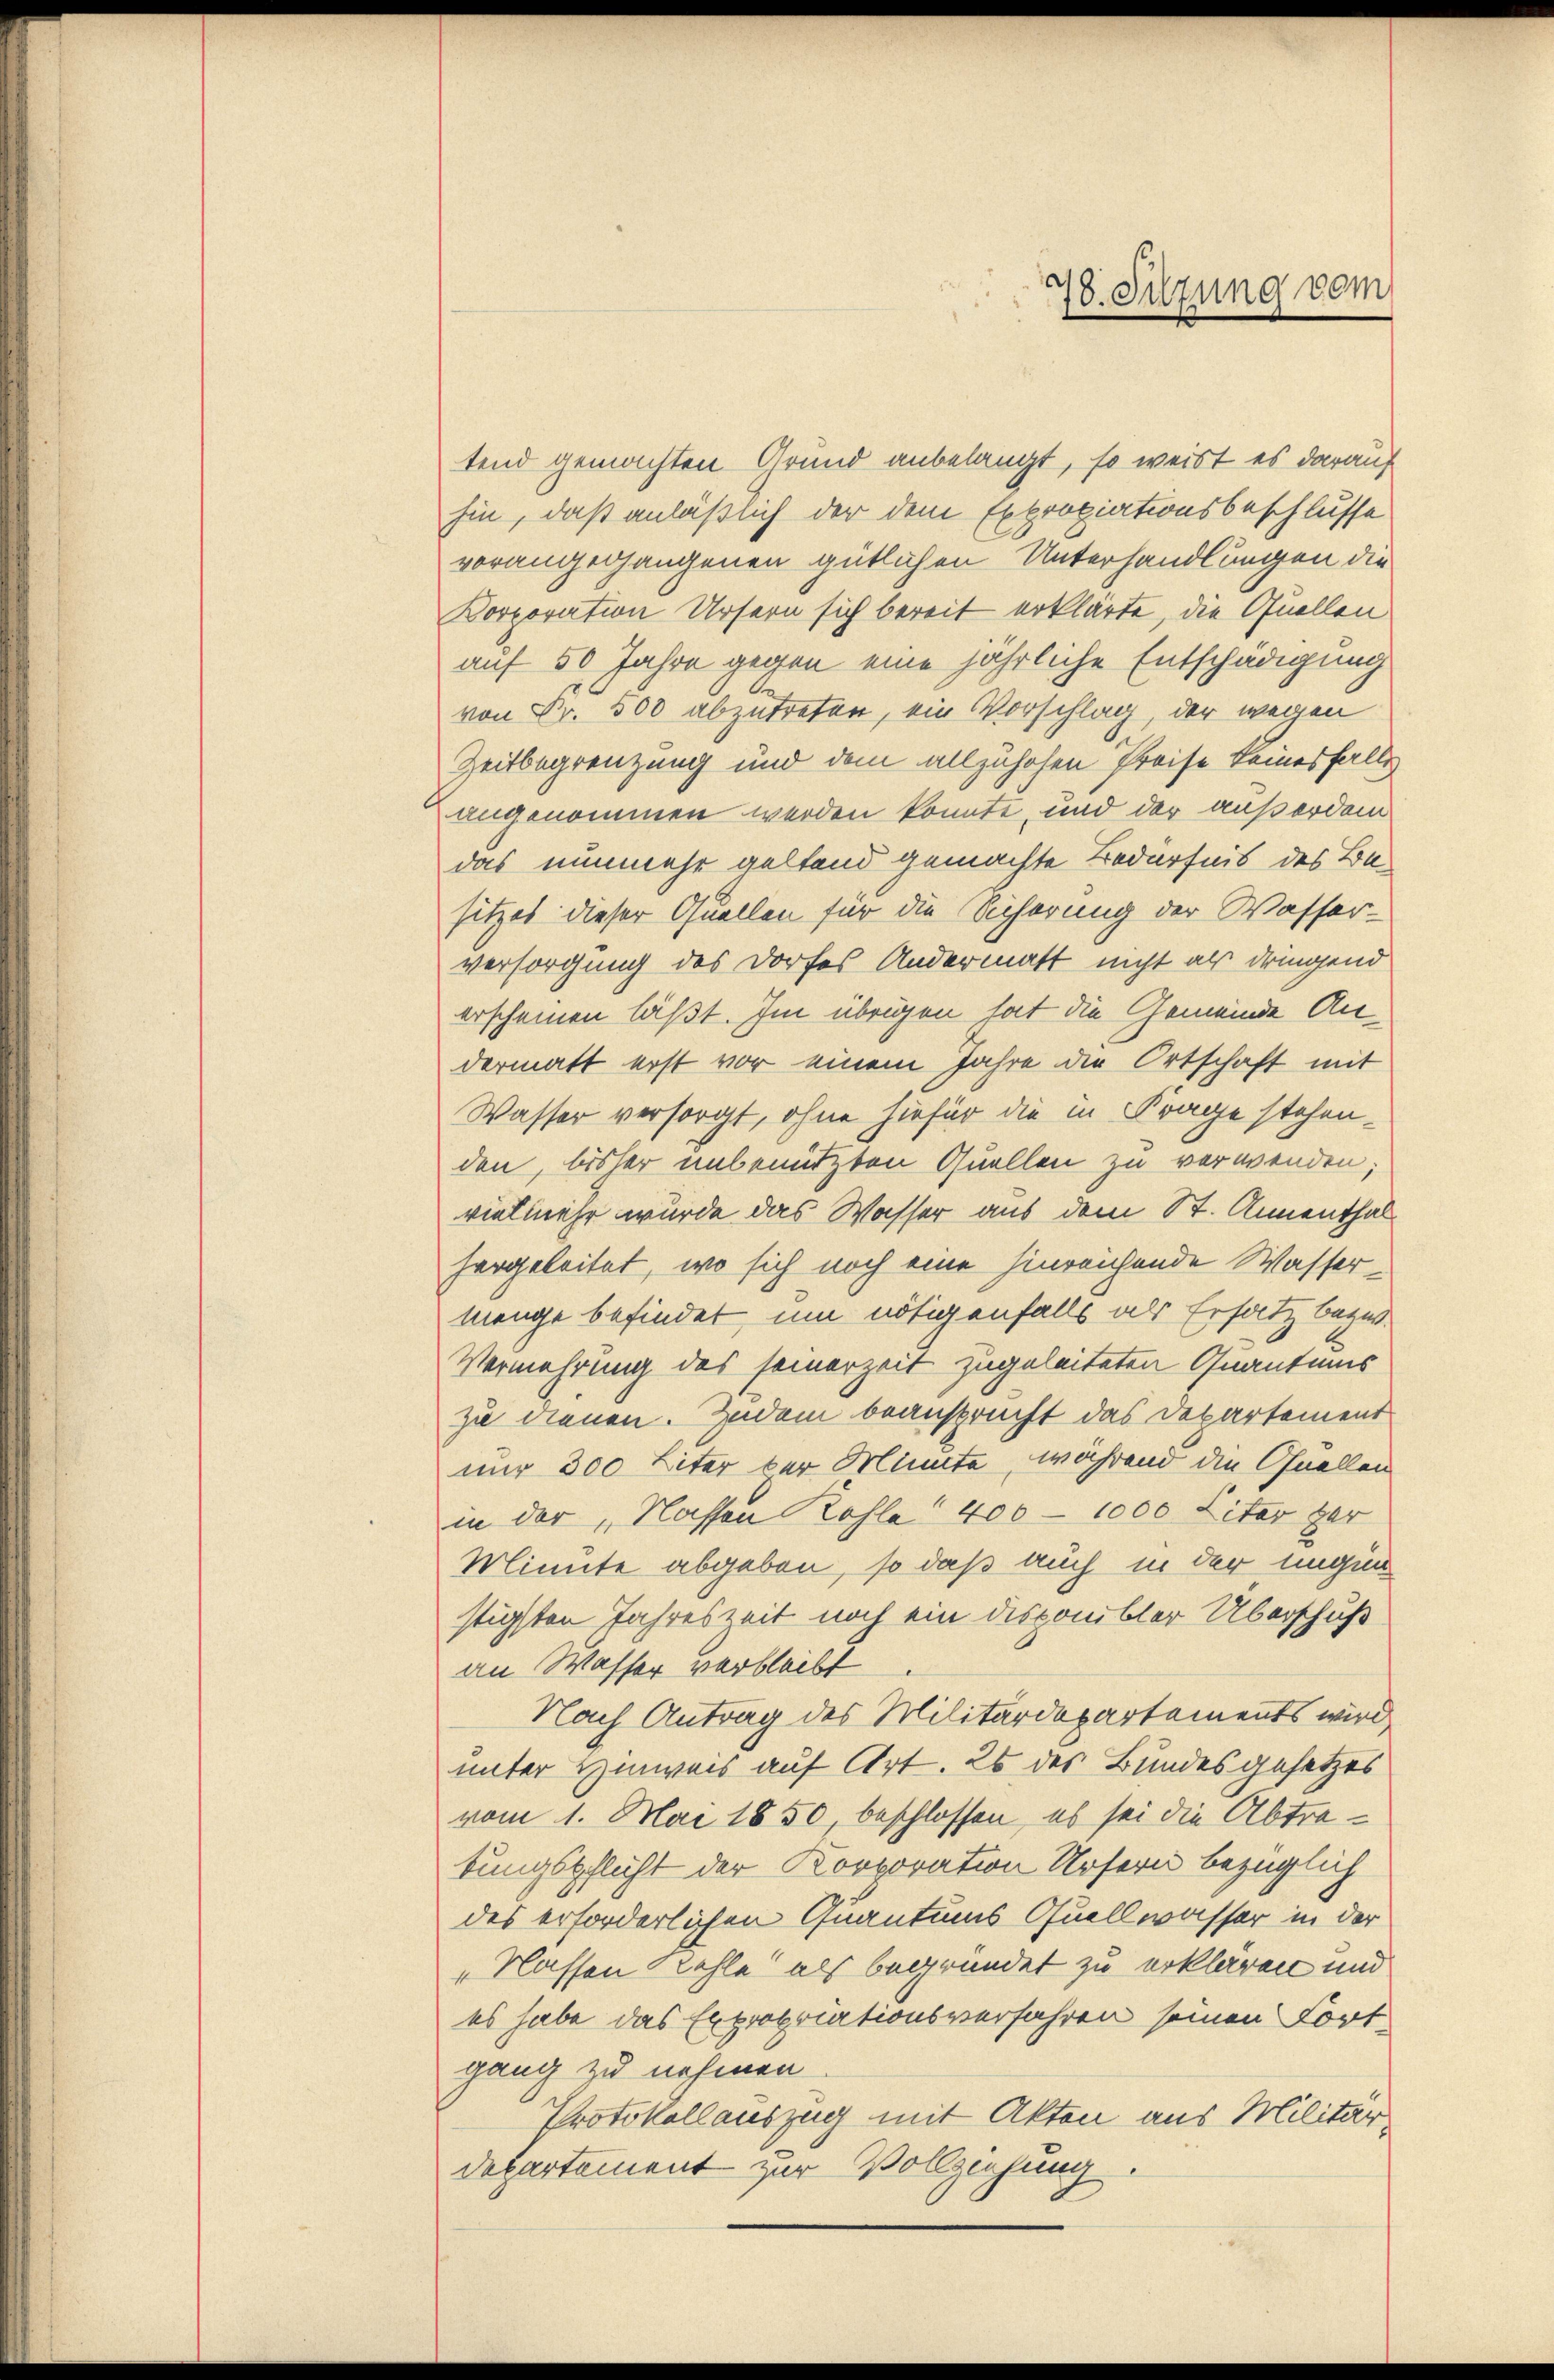
tend gemachten Grund anbelangt, so weist es darauf
hin, daß anläßlich der dem Expropiationsbeschlusse
vorangegangenen gütlichen Unterhandlungen die
Korporation Ursern sich bereit erklärte, die Quellen
auf 50 Jahre gegen eine jährliche Entschädigung
von Fr. 500 abzutreten, ein Vorschlag, der wegen
Zeitbegrenzung und dem allzuhohen Preise keinesfalls
angenommen werden könnte, und der außerdem
das nunmehr geltend gemachte Bedürfnis des Besitzes dieser Quellen für die Sicherung der Wasser-
versorgung des Dorfes Andermatt nicht als dringend
erscheinen läßt. Im übrigen hat die Gemeinde Andermatt erst vor einem Jahre die Ortschaft mit
Wasser versorgt, ohne hiefür die in Frage stehenden, bisher unbenützten Quellen zu verwenden;
vielmehr wurde das Wasser aus dem St. Annenthal
hergeleitet, wo sich noch eine hinreichende Wassermenge befindet, um nötigenfalls als Ersatz bezw.
Vermehrung des seinerzeit zugeleiteten Quantums
zu dienen. Zudem beansprucht das Departement
nur 300 Liter der Minute, während die Quellen
in der „Nassen Kohle 400 - 1000 Liter zur
Minute abgeben, so daß auch in der ungün
stigsten Jahreszeit noch ein disponibler Überschuß
an Wasser verbleibt
Nach Antrag des Militärdepartements wird,
unter Hinweis auf Art. 26 des Bundesgesetzes
vom 1. Mai 1850 beschlossen, es sei die Abtratungspflicht der Korporation Ursern bezüglich
des erforderlichen Quantums Quellwasser in der
„Nassen Kehle als begründet zu erklären und
es habe das Expropriationsverfahren seinen Fort-
gang zu nehmen
Protokollauszug mit Akten aus Militär¬
Departement zur Vollziehung.

78. Sitzung vom